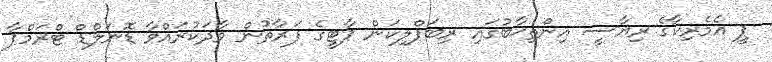
ޕީ އެމެރިކާގެ ރިޔާސީ އިންތިޚާބުގައި ރިބަޕްލިކަން ޕާޓީގެ ފަރާތުން ވާދަކުރައްވާ ޑޮނަލްޑް ޓްރަމްޕާ